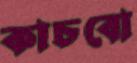
কাচবো